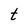
Character: t